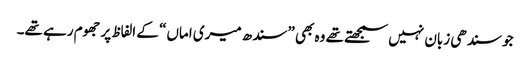
جو سندھی زبان نہیں سمجھتے تھے وہ بھی ”سندھ میری اماں“ کے الفاظ پر جھوم رہے تھے۔